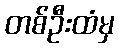
တစ်ဦးထံမှ